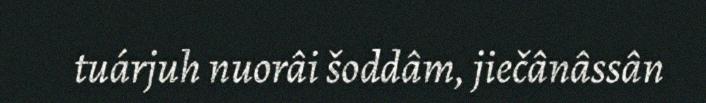
tuárjuh nuorâi šoddâm, jiečânâssân